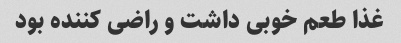
غذا طعم خوبی داشت و راضی کننده بود